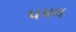
પપલ